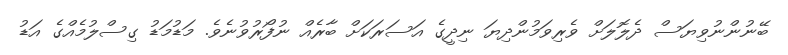
ބޭނުންނުވިޔަސް ދެލޮލަށް ވެރިވަމުންދިޔަ ނިދީގެ އަސަރަކަށް ބާރެއް ނުފޯރުވުނެވެ. މަޑުމަޑު ގިސްލުމެއްގެ އަޑު